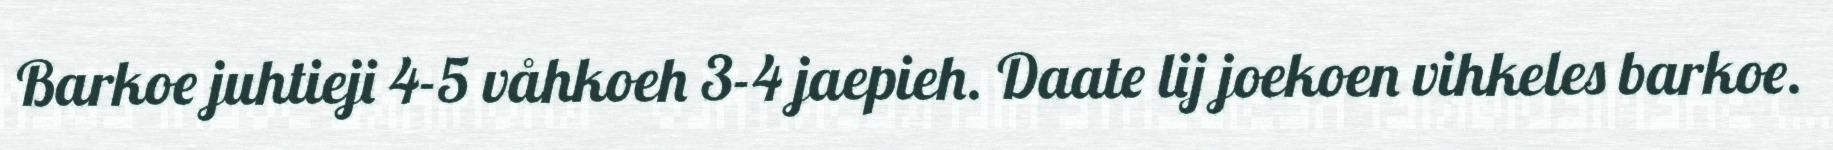
Barkoe juhtieji 4-5 våhkoeh 3-4 jaepieh. Daate lij joekoen vihkeles barkoe.